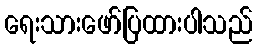
ရေးသားဖော်ပြထားပါသည်